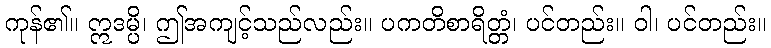
ကုန်၏။ ဣဒမ္ပိ၊ ဤအကျင့်သည်လည်း။ ပကတိစာရိတ္တံ၊ ပင်တည်း။ ဝါ၊ ပင်တည်း။